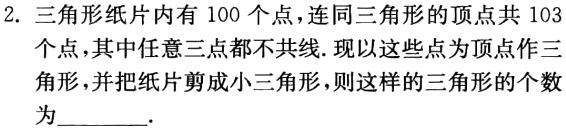
2. 三角形纸片内有 100 个点，连同三角形的顶点共 103 个点，其中任意三点都不共线. 现以这些点为顶点作三角形，并把纸片剪成小三角形，则这样的三角形的个数为________.